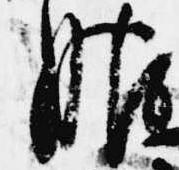
服